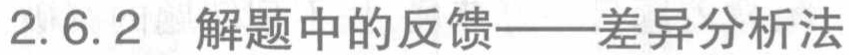
2.6.2 解题中的反馈——差异分析法